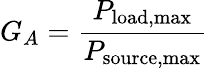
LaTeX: G_{A}={\frac{P_{\mathrm{load,max}}}{P_{\mathrm{source,max}}}}